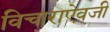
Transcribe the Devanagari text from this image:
विचाराऐवजी